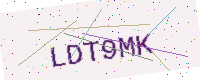
Text: LDT9MK